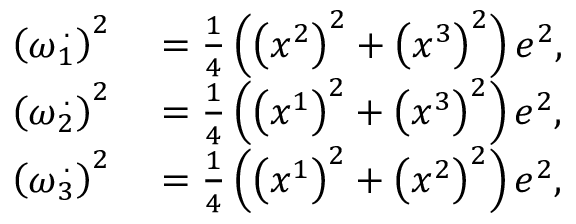
\begin{array} { r l } { \left( \omega \overset { . } { _ { 1 } } \right) ^ { 2 } } & { { } = \frac { 1 } { 4 } \left( \left( x ^ { 2 } \right) ^ { 2 } + \left( x ^ { 3 } \right) ^ { 2 } \right) e ^ { 2 } , } \\ { \left( \omega \overset { . } { _ { 2 } } \right) ^ { 2 } } & { { } = \frac { 1 } { 4 } \left( \left( x ^ { 1 } \right) ^ { 2 } + \left( x ^ { 3 } \right) ^ { 2 } \right) e ^ { 2 } , } \\ { \left( \omega \overset { . } { _ { 3 } } \right) ^ { 2 } } & { { } = \frac { 1 } { 4 } \left( \left( x ^ { 1 } \right) ^ { 2 } + \left( x ^ { 2 } \right) ^ { 2 } \right) e ^ { 2 } , } \end{array}